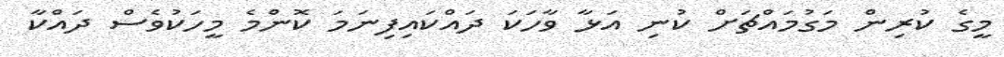
މީގެ ކުރިން މަގުމައްްޗަށް ކުނި އަޅާ ވާހަކަ ދައްކައިފިނަމަ ކޮންމެ މީހަކުވެސް ދައްކާ